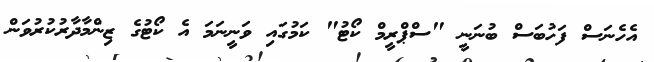
އެހެނަސް ފަހުބަސް ބުނަނީ "ސްޕްރީމް ކޯޓު" ކަމުގައި ވަނީނަމަ އެ ކޯޓުގެ ޒިންމާދާރުކުރުވަން